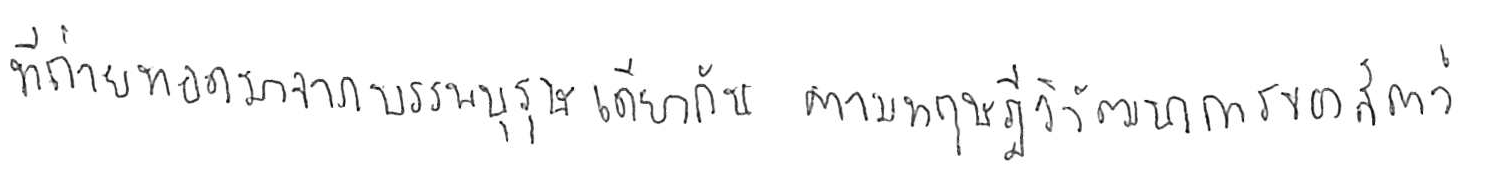
ที่ถ่ายทอดมาจากบรรพบุรุษเดียวกัน ตามทฤษฎีวิวัฒนาการของสัตว์